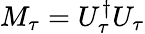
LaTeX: M_{\tau}=U_{\tau}^{\dagger}U_{\tau}